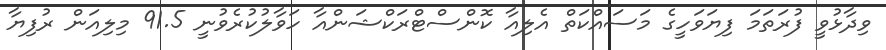
ވިދާޅުވީ ފުރަތަމަ ފިޔަވަހީގެ މަސައްކަތް އެލިއާ ކޮންސްޓްރަކްޝަންއާ ހަވާލުކުރެވުނީ 91.5 މިލިއަން ރުފިޔާ